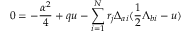
0 = - { \frac { \alpha ^ { 2 } } { 4 } } + q u - \sum _ { i = 1 } ^ { N } r _ { j } \Delta _ { a i } ( { \frac { 1 } { 2 } } \Lambda _ { b i } - u )